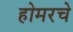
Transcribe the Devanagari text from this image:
होमरचे